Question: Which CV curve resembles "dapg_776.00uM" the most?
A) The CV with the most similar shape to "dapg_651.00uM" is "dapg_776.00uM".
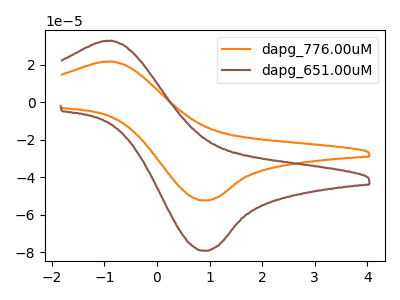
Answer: <think>The orange curve "dapg_776.00uM" has an anodic peak at (-0.95V, 21.60uA) and a cathodic peak at (0.90V, -52.35uA). The brown curve "dapg_651.00uM" has an anodic peak at (-0.95V, 32.70uA) and a cathodic peak at (0.90V, -79.10uA).
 All the peaks in "dapg_776.00uM" have a peak in "dapg_651.00uM" at the same potential. Every peak in "dapg_776.00uM" is lower than every peak in "dapg_651.00uM".</think>
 <answer>A) The CV with the most similar shape to "dapg_651.00uM" is "dapg_776.00uM".</answer>
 <eval>A</eval>